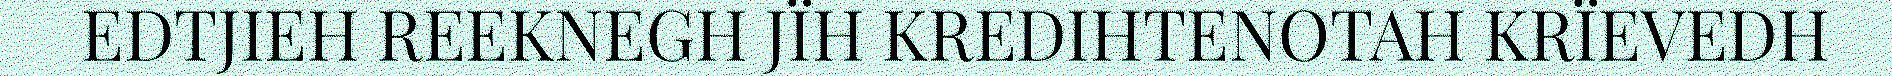
EDTJIEH REEKNEGH JÏH KREDIHTENOTAH KRÏEVEDH